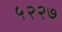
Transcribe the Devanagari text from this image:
५२२७